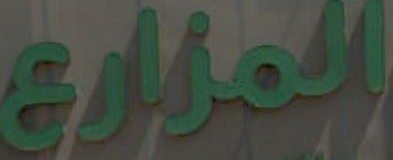
المزارع